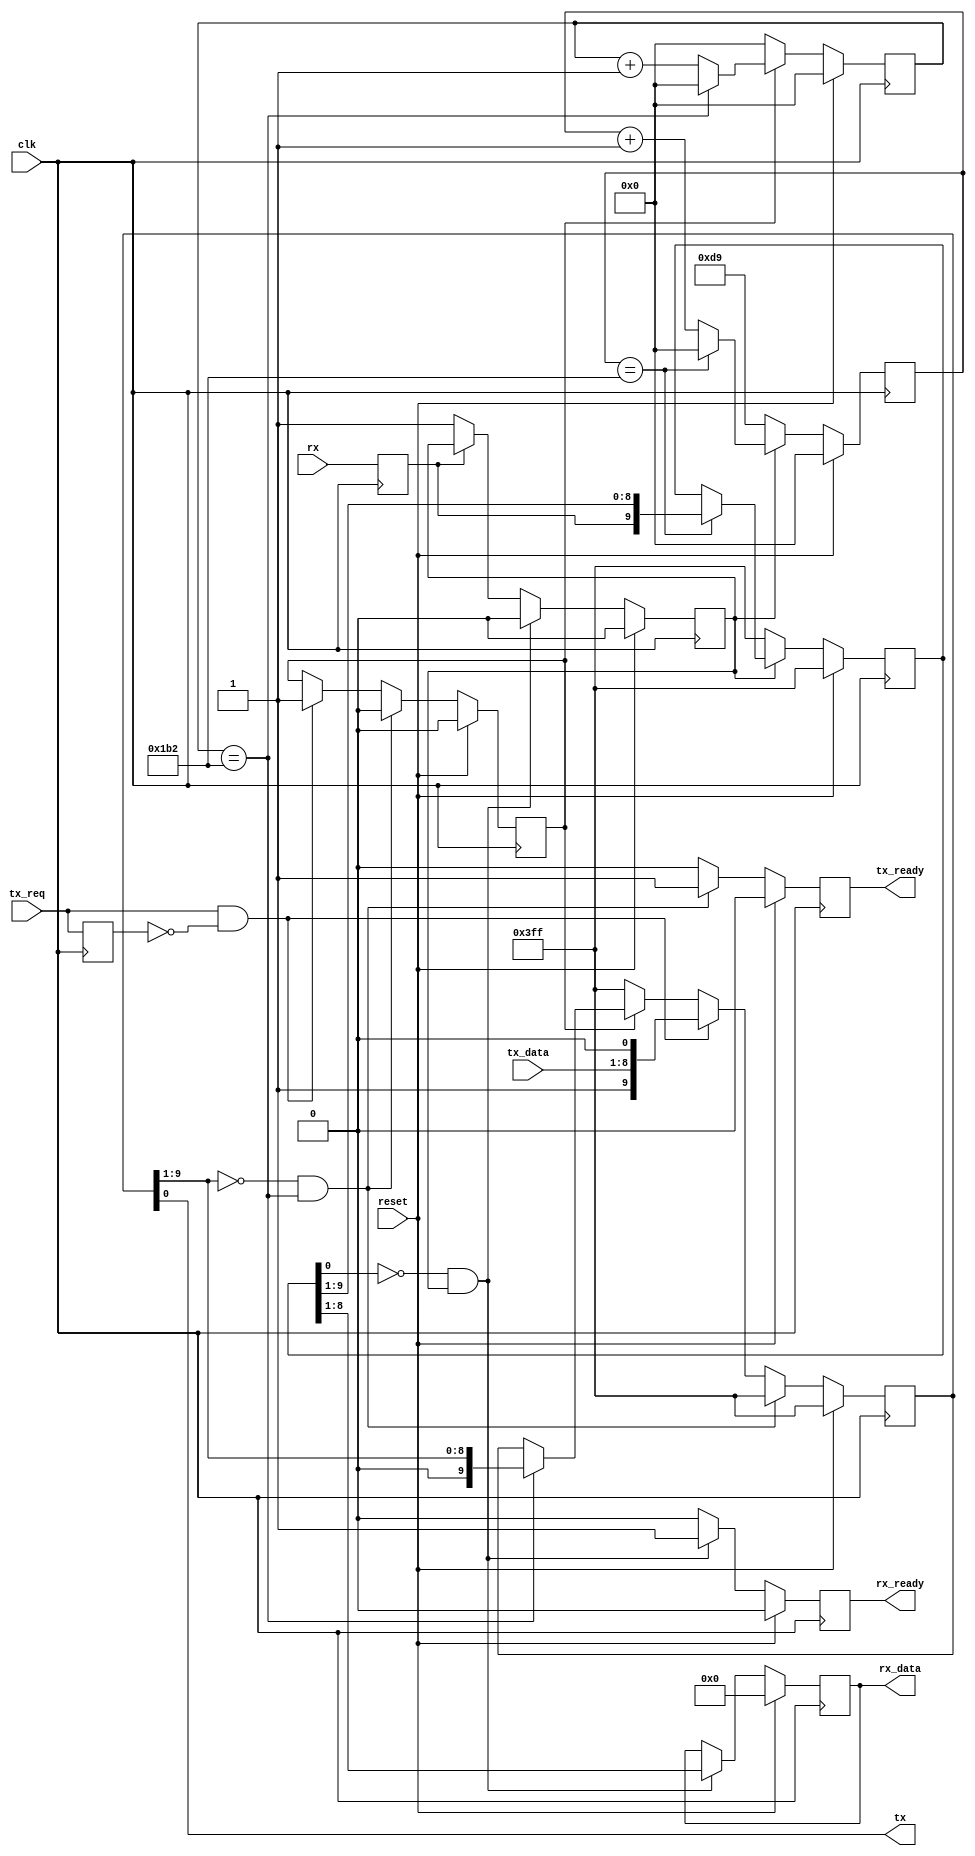
module UART(
			input wire clk,
			input wire reset,
			input wire tx_req,
			input wire[7:0] tx_data,
			input wire rx,
			output wire tx,
			output reg[7:0] rx_data,
			output reg tx_ready,
			output reg rx_ready);
reg[8:0] rx_timer;
reg[9:0] rx_frame;
reg rx_active;
reg[8:0] tx_timer;
reg[9:0] tx_frame;
reg tx_active;
wire rx_time;
wire tx_time;
reg rx_s;
reg prev_tx_req;

assign tx_time = (tx_timer == 9'd434);	//115200 baud at 50MHz system clock.
assign rx_time = (rx_timer == 9'd434);
assign tx = tx_frame[0];

initial
begin
	rx_s = 1'b1;
	rx_frame = 10'b1111111111;
end

always @(posedge clk)
begin
	rx_s <= rx;
	prev_tx_req <= tx_req;
	if(reset)
	begin
		rx_timer <= 0;
		rx_active <= 0;
		tx_active <= 0;
		tx_timer <= 0;
		tx_ready <= 0;
		rx_ready <= 0;
		rx_data <= 0;
		tx_frame <= 10'b1111111111;
		rx_frame <= 10'b1111111111;
	end
	else
	begin
		if(rx_active)
		begin
			if(rx_time)
			begin
				rx_timer <= 0;
				rx_frame <= {rx_s, rx_frame[9:1]};
			end
			else
				rx_timer <= rx_timer + 9'h01;
		end
		else
		begin
			rx_timer <= 9'd217;	//half period 115200 baud at 50MHz system clock.
			rx_frame <= 10'b1111111111;
		end
		if(~rx_s)	//detect start bit
			rx_active <= 1'b1;
		if(~rx_frame[0] & rx_active)
		begin
			rx_active <= 1'b0;
			rx_ready <= 1'b1;
			rx_data <= rx_frame[8:1];
		end
		else
			rx_ready <= 1'b0;
			
		if(tx_active)
		begin
			if(tx_time)
			begin
				tx_timer <= 0;
				tx_frame <= {1'b0, tx_frame[9:1]};
			end
			else
				tx_timer <= tx_timer + 9'h01;
		end
		else
		begin
			tx_timer <= 0;
			tx_frame <= 10'b1111111111;
		end
		if(tx_req & (~prev_tx_req))
		begin
			tx_active <= 1'b1;
			tx_frame <= {1'b1, tx_data, 1'b0};
		end
		if((tx_frame[9:1] == 9'h00) && tx_time)
		begin
			tx_active <= 1'b0;
			tx_frame <= 10'b1111111111;
			tx_ready <= 1'b1;
		end
		else
			tx_ready <= 1'b0;
	end
end

endmodule